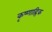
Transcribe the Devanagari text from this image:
कृष्णाह्रिक